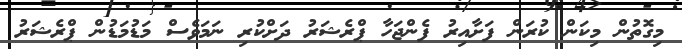
މިގޮތުން މިކަން ކުރަން ފަށާއިރު ފެންޖަހާ ޕްރެޝަރު ދަށްކުރި ނަމަވެސް މަޑުމަޑުން ޕްރެޝަރު